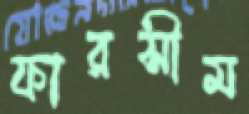
ফারসীম